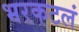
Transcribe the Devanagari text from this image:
भरकटलं